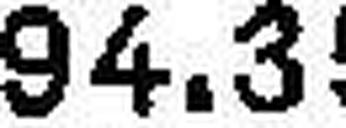
94.35